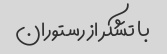
با تشکر از رستوران